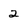
Character: 2